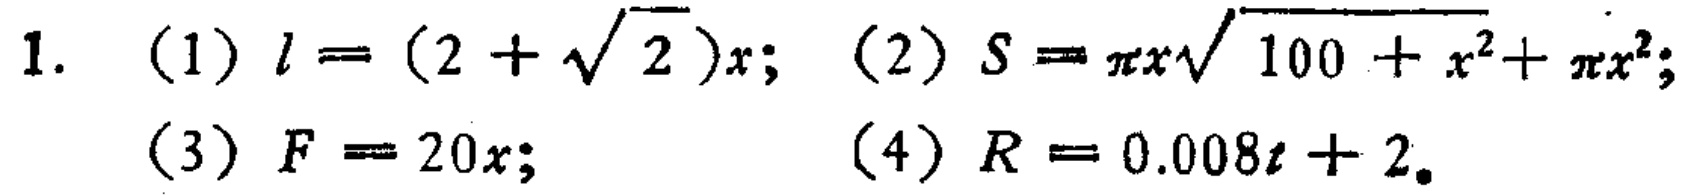
1. (1) \(l = (2+\sqrt{2})x\); (2) \(S=\pi x\sqrt{100 + x^{2}}+\pi x^{2}\);

(3) \(F = 20x\); (4) \(R=0.008t + 2\)。